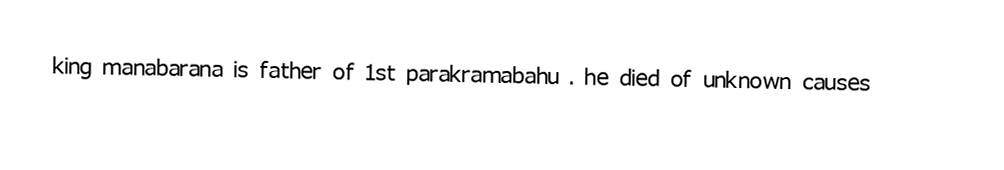
king manabarana is father of 1st parakramabahu . he died of unknown causes